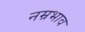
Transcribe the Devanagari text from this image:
नम्रभाव